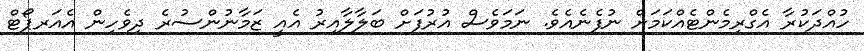
ހުއްދަކުރާ އެގްރިމެންޓެއްކަމަށް ނުފެނެއެވެ. ނަމަވެސް އުރުފަށް ބަލާލާއިރު އެއީ ޒަމާނުންސުރެ ދިވެހިން އެއަރޕޯޓް